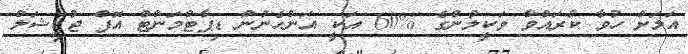
އަލަށް ހުވާ ކުރައްވާ ވަކީލުންގެ %60 އަކީ އަންހެނުން ޑިޕާޓްމަންޓް އޮފް ޖުޑީޝަލް